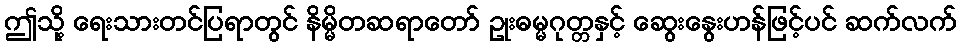
ဤသို့ ရေးသားတင်ပြရာတွင် နိမ္မိတဆရာတော် ဥုးဓမ္မဂုတ္တနှင့် ဆွေးနွေးဟန်ဖြင့်ပင် ဆက်လက်